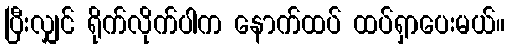
ပြီးလျှင် ရိုက်လိုက်ပါက နောက်ထပ် ထပ်ရှာပေးမယ်။